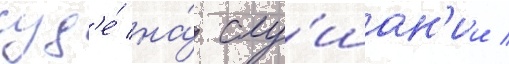
суд'е́ на́ слу́шан'ии /